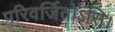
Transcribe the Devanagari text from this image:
परिवर्जितोऽसि।